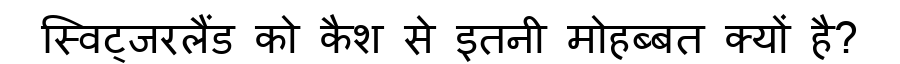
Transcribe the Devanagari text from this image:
स्विट्जरलैंड को कैश से इतनी मोहब्बत क्यों है?